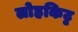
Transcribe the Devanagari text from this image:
लोहकिट्ट